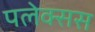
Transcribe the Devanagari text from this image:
पलेक्सस